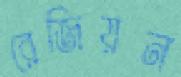
রেজিয়ন